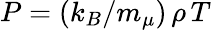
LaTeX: P=(k_{B}/m_{\mu})\, \rho\, T